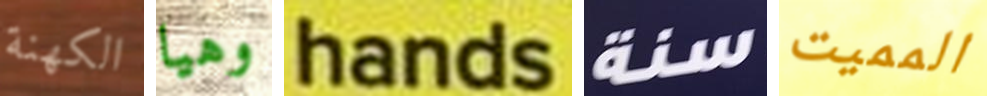
الكهنة وهيا hands سنة المميت